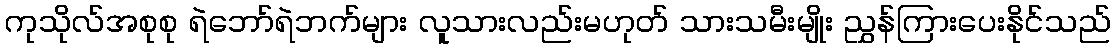
ကုသိုလ်အစုစု ရဲဘော်ရဲဘက်များ လူသားလည်းမဟုတ် သားသမီးမျိုး ညွှန်ကြားပေးနိုင်သည်